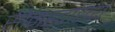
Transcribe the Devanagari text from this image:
सोनहदाख्यं